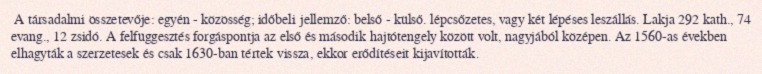
A társadalmi összetevője: egyén - közösség; időbeli jellemző: belső - külső. lépcsőzetes, vagy két lépéses leszállás. Lakja 292 kath., 74 evang., 12 zsidó. A felfüggesztés forgáspontja az első és második hajtótengely között volt, nagyjából középen. Az 1560-as években elhagyták a szerzetesek és csak 1630-ban tértek vissza, ekkor erődítéseit kijavították.